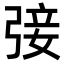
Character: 㢺